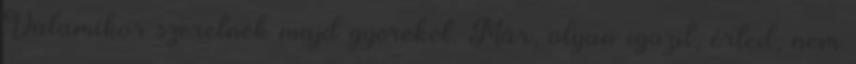
Valamikor szeretnék majd gyereket. Már, olyan igazit, érted, nem